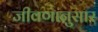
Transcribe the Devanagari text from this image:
जीवणानुसार